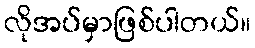
လိုအပ်မှာဖြစ်ပါတယ်။